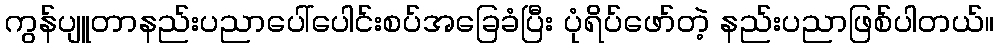
ကွန်ပျူတာနည်းပညာပေါ်ပေါင်းစပ်အခြေခံပြီး ပုံရိပ်ဖော်တဲ့ နည်းပညာဖြစ်ပါတယ်။